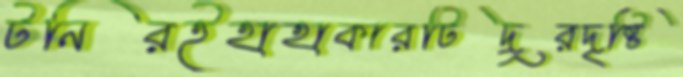
টনিরইহাহাকারটিদূরদৃষ্টি